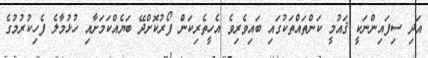
އަދި ސިފައިންނަކީ ޤައުމީ ކަންތައްތަކުގައި ބައިވެރިވެ އެހީތެރިކަން ފޯރުކޮށްދޭ ބަޔެއްކަމަށާއި ހުޅުމާލެ ފެހިކުރުމުގެ